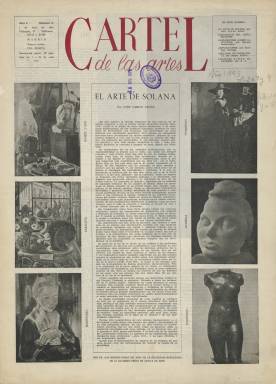
Título: Cartel de las artes
Colección: Cultura
Ámbito geográfico: Madrid
Lugar de publicación: Madrid
Fechas: 01/07/1945-10/03/1946

Auténtico mirlo blanco en el páramo cultural español de la época,  esta revista de arte recogía las principales tendencias del arte contemporáneo mundial así como la actualidad de la escasa producción artística nacional. La publicación, de periodicidad quincenal en principio, nació impulsada por Enrique Azcoaga,  escritor, poeta y crítico de arte perteneciente al movimiento conocido como Generación del 36.

   Tras la aparición del primer número en junio de 1945, la revista fue saludada así por ABC: “El Cartel de las Artes es una publicación que figura en la vanguardia de la intelectualidad española. Felicitamos a Azcoaga por el éxito de su publicación”.

    La realidad es que pese a su calidad la revista no tenía mercado en la mísera España del momento -aún estaba en  vigor la cartilla de racionamiento-, y tampoco recibió ayuda oficial alguna; todo lo contrario. Como señala Ana Isabel Álvarez Casado en su obra Repertorio bibliográfico artístico en prensa periódica española (1936-1948), “revista de talante progresista y aperturista sufrió en no pocas ocasiones críticas y medidas coercitivas procedentes de la siempre presente censura”.

   Asombra ver la atención que la publicación presta a la figura de Pablo Picasso, uno de los demonios del franquismo por su ideología comunista y su apoyo decidido al Gobierno de la República, para el que hizo el ‘Guernica’ en la Exposición Universal de Paris de 1937. En el n.6, de 15 de septiembre, incluye un artículo que  Picasso escribió en 1929; en el n.9, de 15 de diciembre, la revista se abre con un artículo dedicado al artista con el título El caso Picasso, firmado por el psicoanalista Carl Gustav Jung. Y en el último número, de 10 de marzo de 1946, se puede leer una columna con el título Resurrección de Pablo Picasso en la que se dice sin ambages que el artista “es el suceso plástico más importante del siglo XX”.

    Esta valentía y libertad de opinión iba a tener consecuencias. De hecho, fuera por la censura, fuera por la falta de ingresos y financiación o por ambas razones a la vez, la revista no volvió a salir a la calle y su editor, Enrique Azcoaga, tuvo que salir fuera de España a buscarse la vida en Argentina. El suyo fue un exilio autoimpuesto.

   Un documento del número 19 de la revista on line de la Asociación Aragonesa de Críticos de Arte arroja luz sobre la situación vital de Azcoaga en esos momentos.  Se trata de una carta de 20 de mayo de 1946 del crítico de arte dirigida a Fernando González, director de la revista de poesía Halcón. En ella, Azcoaga le pide 250 pesetas por adelantado por la entrega del original de un libro suyo. “Te hablo como un hermano. Estoy sin un céntimo…Si podéis, no abandonarme…No trabajo nada. Entre esperanzas y luchas se me va el tiempo…”.

  Pero Fernando González, que fue separado de su cátedra de literatura por ser republicano, no podía ayudarle. Azcoaga, que en 1933 ganó el Premio Nacional de Literatura por su libro Línea y Acento, trabajó para la República y fue amigo del poeta Miguel Hernández. Al terminar la Guerra Civil, colaboró con Eugenio d’Ors en la Academia Breve de Crítica de Arte. Emigró, vivió once años en Argentina y al regresar a España recibió el premio Lázaro Galdiano. Es por tanto, una figura compleja de una trayectoria dilatada que conoció varias Españas.

   Aparte de sus novelas, obras poéticas y críticas de arte, su labor como fundador de la revista Cartel de las Artes hace de Enrique Azcoaga una figura fundamental en la historia del arte español del siglo XX.

   La revista contó con colaboradores de primera fila como el historiador del arte José Camón Aznar, el crítico Juan Eduardo Cirlot o el poeta Juan Ramón Jiménez , entre otros. Aparte de sus artículos dedicados a artistas contemporáneos, en sus secciones  de Correo de Artistas, Brújula y Noticiario informaba de novedades bibliográficas españolas y extranjeras, así como de las traducciones y reediciones de clásicos de la historiografía artística.

 La colección de la BNE de la revista Cartel de las Artes está incompleta. Faltan los números 1 y 8.

[Descripción publicada el 22/05/2019]